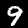
Digit: 9